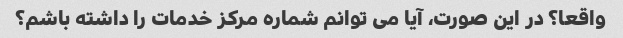
واقعا؟ در این صورت، آیا می توانم شماره مرکز خدمات را داشته باشم؟